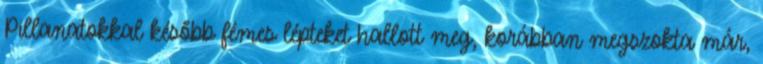
Pillanatokkal később fémes lépteket hallott meg, korábban megszokta már,